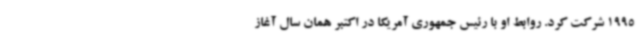
1995 شرکت کرد. روابط او با رئیس جمهوری آمریکا در اکتبر همان سال آغاز